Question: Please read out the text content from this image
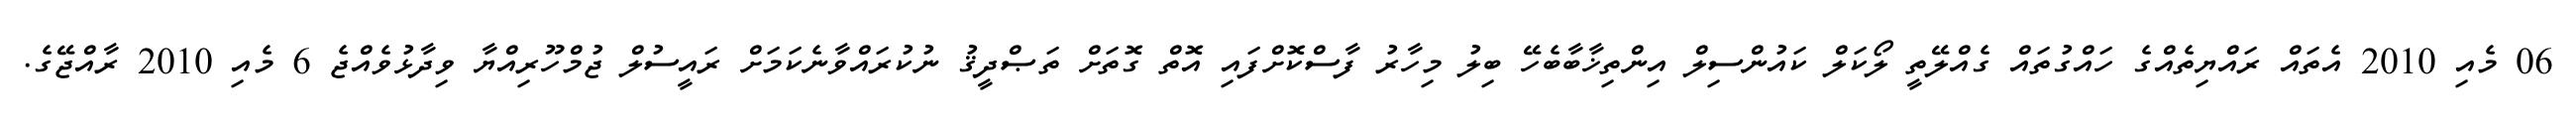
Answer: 06 މެއި 2010 އެތައް ރައްޔިތެއްގެ ހައްގުތައް ގެއްލޭތީ ލޯކަލް ކައުންސިލް އިންތިޚާބާބެހޭ ބިލު މިހާރު ފާސްކޮށްފައި އޮތް ގޮތަށް ތަޞްދީޤު ނުކުރައްވާނެކަމަށް ރައީސުލް ޖުމްހޫރިއްޔާ ވިދާޅުވެއްޖެ 6 މެއި 2010 ރާއްޖޭގެ.